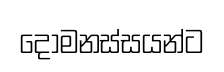
දෝමනස්සයන්ට